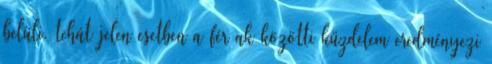
belüli, tehát jelen esetben a férﬁak közötti küzdelem eredményezi